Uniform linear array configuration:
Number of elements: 16
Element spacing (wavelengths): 1
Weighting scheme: cosine
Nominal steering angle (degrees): -60
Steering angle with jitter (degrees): -59.073
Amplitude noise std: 0.05
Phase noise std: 0.05

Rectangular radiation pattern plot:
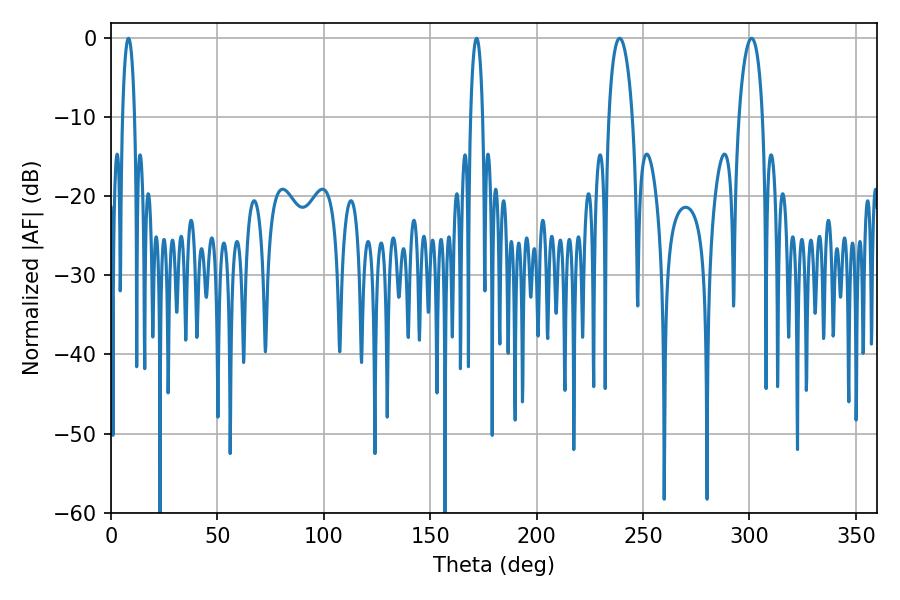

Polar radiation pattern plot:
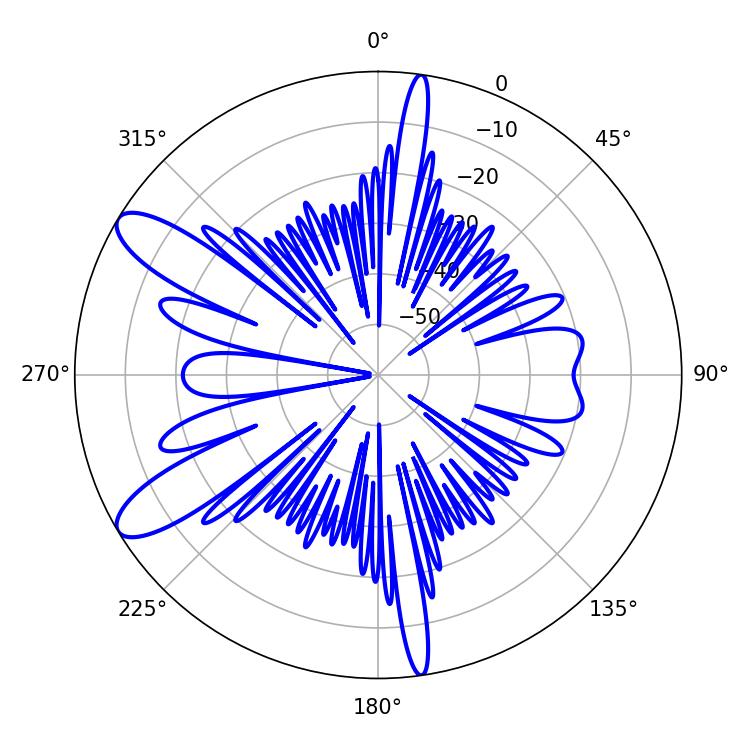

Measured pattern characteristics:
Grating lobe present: TRUE
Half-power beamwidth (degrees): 6.3
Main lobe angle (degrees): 239.04